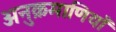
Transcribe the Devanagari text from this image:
अनुक्रमाणियाँ